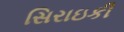
સિરાઇકી